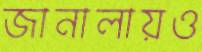
জানালায়ও